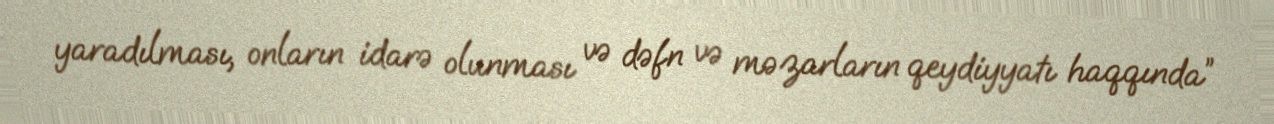
yaradılması, onların idarə olunması və dəfn və məzarların qeydiyyatı haqqında”